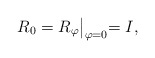
\begin{align*}R_{0} = R_{\varphi}\bigl|_{\varphi=0} = I,\end{align*}